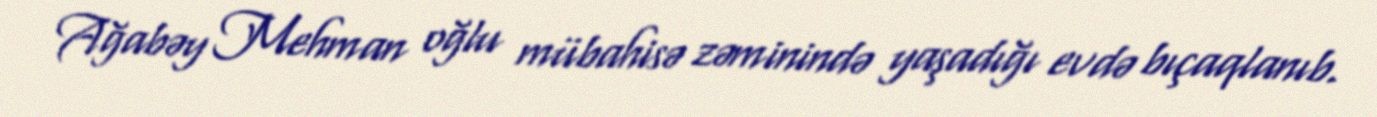
Ağabəy Mehman oğlu mübahisə zəminində yaşadığı evdə bıçaqlanıb.